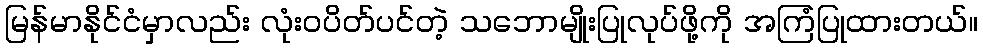
မြန်မာနိုင်ငံမှာလည်း လုံးဝပိတ်ပင်တဲ့ သဘောမျိုးပြုလုပ်ဖို့ကို အကြံပြုထားတယ်။